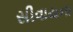
સીવાયના